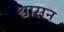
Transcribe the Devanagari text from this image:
श्वासन